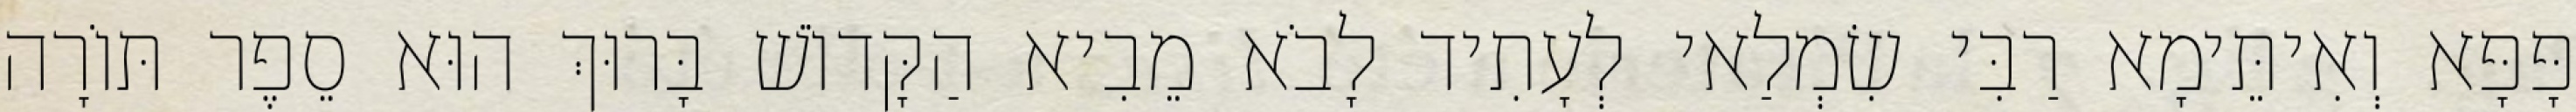
פָּפָּא וְאִיתֵּימָא רַבִּי שִׂמְלַאי לְעָתִיד לָבֹא מֵבִיא הַקָּדוֹשׁ בָּרוּךְ הוּא סֵפֶר תּוֹרָה